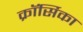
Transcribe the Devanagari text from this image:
क्रॉर्सिका